Indian journal of veterinary science and animal husbandry - Volumes 18-21, 1948-1951
Year: 1948
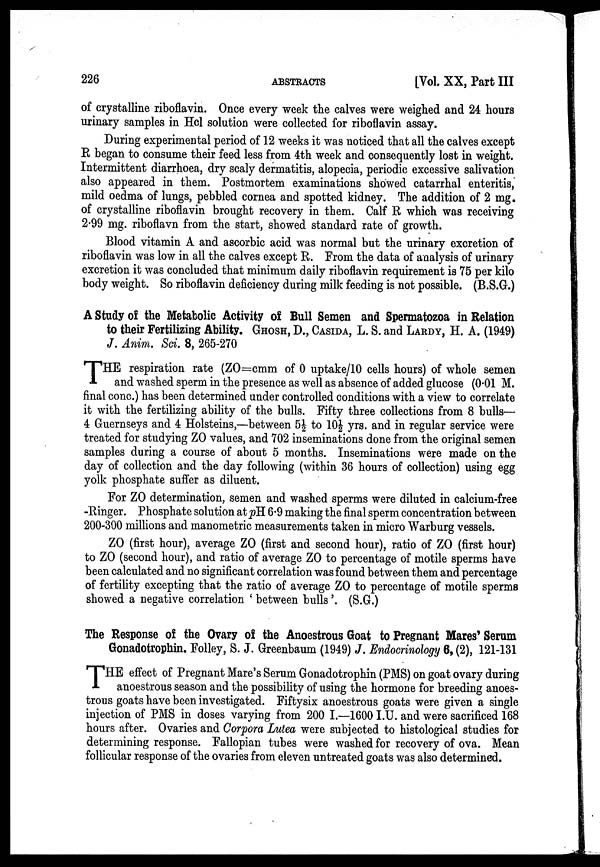
226
ABSTRACTS
[Vol. XX, Part III
of crystalline riboflavin. Once every week the calves were weighed and 24 hours
urinary samples in Hcl solution were collected for riboflavin assay.
During experimental period of 12 weeks it was noticed that all the calves except
R began to consume their feed less from 4th week and consequently lost in weight.
Intermittent diarrhoea, dry scaly dermatitis, alopecia, periodic excessive salivation
also appeared in them. Postmortem examinations showed catarrhal enteritis,
mild oedma of lungs, pebbled cornea and spotted kidney. The addition of 2 mg.
of crystalline riboflavin brought recovery in them. Calf R which was receiving
2.99 mg. riboflavn from the start, showed standard rate of growth.
Blood vitamin A and ascorbic acid was normal but the urinary excretion of
riboflavin was low in all the calves except R. From the data of analysis of urinary
excretion it was concluded that minimum daily riboflavin requirement is 75 per kilo
body weight. So riboflavin deficiency during milk feeding is not possible. (B.S.G.)
A Study of the Metabolic Activity of Bull Semen and Spermatozoa in Relation
to their Fertilizing Ability. GHOSH, D., CASIDA, L. S. and LARDY, H. A. (1949)
J. Anim. Sci. 8, 265-270
T HE respiration rate (ZO=cmm of 0 uptake/10 cells hours) of whole semen
and washed sperm in the presence as well as absence of added glucose (0.01 M.
final conc.) has been determined under controlled conditions with a view to correlate
it with the fertilizing ability of the bulls. Fifty three collections from 8 bulls—
4 Guernseys and 4 Holsteins,—between 5½ to 10½ yrs. and in regular service were
treated for studying ZO values, and 702 inseminations done from the original semen
samples during a course of about 5 months. Inseminations were made on the
day of collection and the day following (within 36 hours of collection) using egg
yolk phosphate suffer as diluent.
For ZO determination, semen and washed sperms were diluted in calcium-free
-Ringer. Phosphate solution at pH 6.9 making the final sperm concentration between
200-300 millions and manometric measurements taken in micro Warburg vessels.
ZO (first hour), average ZO (first and second hour), ratio of ZO (first hour)
to ZO (second hour), and ratio of average ZO to percentage of motile sperms have
been calculated and no significant correlation was found between them and percentage
of fertility excepting that the ratio of average ZO to percentage of motile sperms
showed a negative correlation ' between bulls '. (S.G.)
The Response of the Ovary of the Anoestrous Goat to Pregnant Mares' Serum
Gonadotrophin. Folley, S. J. Greenbaum (1949) J. Endocrinology 6, (2), 121-131
T HE effect of Pregnant Mare's Serum Gonadotrophin (PMS) on goat ovary during
anoestrous season and the possibility of using the hormone for breeding anoes-
trous goats have been investigated. Fiftysix anoestrous goats were given a single
injection of PMS in doses varying from 200 I.—1600 I.U. and were sacrificed 168
hours after. Ovaries and Corpora Lutea were subjected to histological studies for
determining response. Fallopian tubes were washed for recovery of ova. Mean
follicular response of the ovaries from eleven untreated goats was also determined.